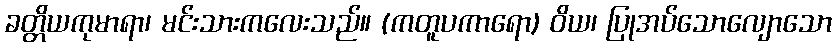
ခတ္တိယကုမာရာ၊ မင်းသားကလေးသည်။ (ကတူပကာရော) ဝိယ၊ ပြုအပ်သောလျောသော